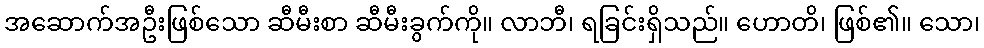
အဆောက်အဦးဖြစ်သော ဆီမီးစာ ဆီမီးခွက်ကို။ လာဘီ၊ ရခြင်းရှိသည်။ ဟောတိ၊ ဖြစ်၏။ သော၊